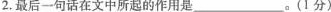
2.最后一句话在文中所起的作用是_________。(1分)